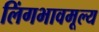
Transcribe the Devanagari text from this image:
लिंगभावमूल्य